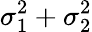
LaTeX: \sigma_{1}^{2}+\sigma_{2}^{2}